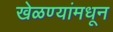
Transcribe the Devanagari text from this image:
खेळण्यांमधून